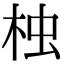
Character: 𣑺